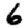
Digit: 6